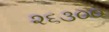
૨૬૩૦૦